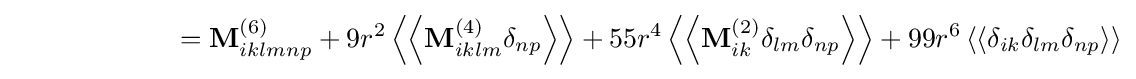
\qquad \qquad \qquad =\mathbf {M} _{iklmnp}^{(6)}+9r^{2}\left\langle \left\langle \mathbf {M} _{iklm}^{(4)}\delta _{np}\right\rangle \right\rangle +55r^{4}\left\langle \left\langle \mathbf {M} _{ik}^{(2)}\delta _{lm}\delta _{np}\right\rangle \right\rangle +99r^{6}\left\langle \left\langle \delta _{ik}\delta _{lm}\delta _{np}\right\rangle \right\rangle